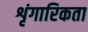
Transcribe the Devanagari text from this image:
शृंगारिकता